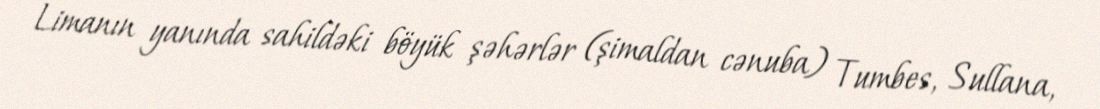
Limanın yanında sahildəki böyük şəhərlər (şimaldan cənuba) Tumbes, Sullana,